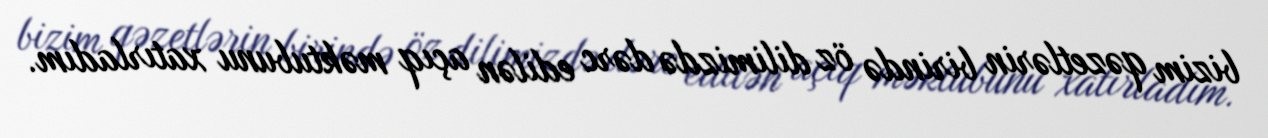
bizim qəzetlərin birində öz dilimizdə dərc edilən açıq məktubunu xatırladım.